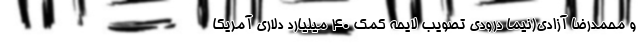
و محمدرضا آزادی(نیما درودی تصویب لایحه کمک ۴۰ میلیارد دلاری آمریکا